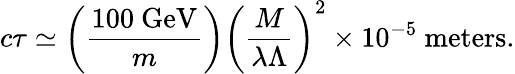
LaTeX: c\tau\simeq\left({\frac{100~\mathrm{GeV}}{m}}\right)\left({\frac{M}{\lambda\Lambda}}\right)^{2}\times 10^{-5}~\mathrm{meters}.